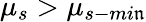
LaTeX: \mu_{s}>\mu_{s-mi\mathfrak{n}}